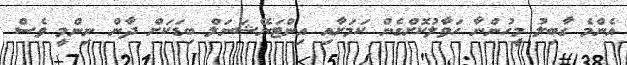
އެންމެ ގާބިލު މީހުންނާ ހަވާލުކޮށްގެން ކަމަށާއި އިންޓަނޭޝަނަލް ބިޑަކަށް ދާން ނިންމީ ވެސް